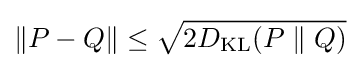
\|P-Q\|\leq {\sqrt {2D_{\mathrm {KL} }(P\parallel Q)}}